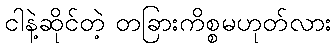
ငါနဲ့ဆိုင်တဲ့ တခြားကိစ္စမဟုတ်လား